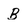
Character: B